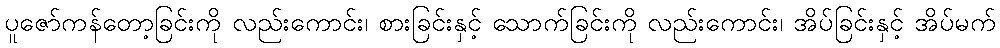
ပူဇော်ကန်တော့ခြင်းကို လည်းကောင်း၊ စားခြင်းနှင့် သောက်ခြင်းကို လည်းကောင်း၊ အိပ်ခြင်းနှင့် အိပ်မက်